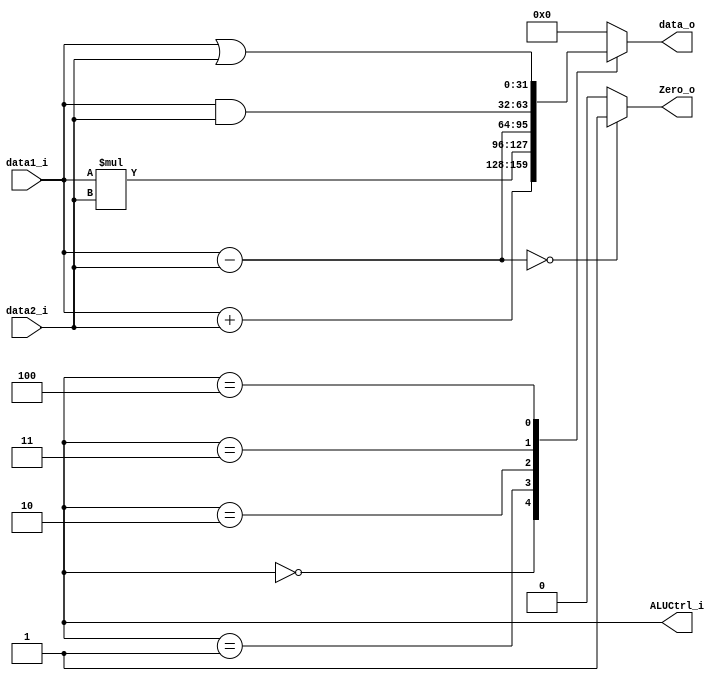
`define ADD	3'b000
`define MUL 3'b001
`define SUB 3'b010
`define AND 3'b011
`define OR 	3'b100

module ALU
(
    data1_i,
    data2_i,
    ALUCtrl_i,
    data_o,
    Zero_o
);

input 	[31:0]	data1_i, data2_i;
output 	[2:0] 	ALUCtrl_i;
output 	[31:0]	data_o;
output 			Zero_o;

reg 	[63:0]	temp;
reg 	[31:0]	temp_sub;

assign data_o = temp[31:0];
assign Zero_o = (temp_sub == 32'b0) ?1'b1 :1'b0;

always@(data1_i or data2_i or ALUCtrl_i) begin

	case(ALUCtrl_i)
		`ADD: 
			temp <= data1_i + data2_i;
		`MUL: 
			temp <= data1_i * data2_i;
		`SUB: 
			temp <= data1_i - data2_i;
		`AND: 
			temp <= data1_i & data2_i;
		`OR: 
			temp <= data1_i | data2_i;
		default:
			temp <= 64'b0;
	endcase

	begin
	temp_sub <= data1_i - data2_i;
	end

end

endmodule